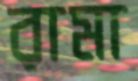
রামা